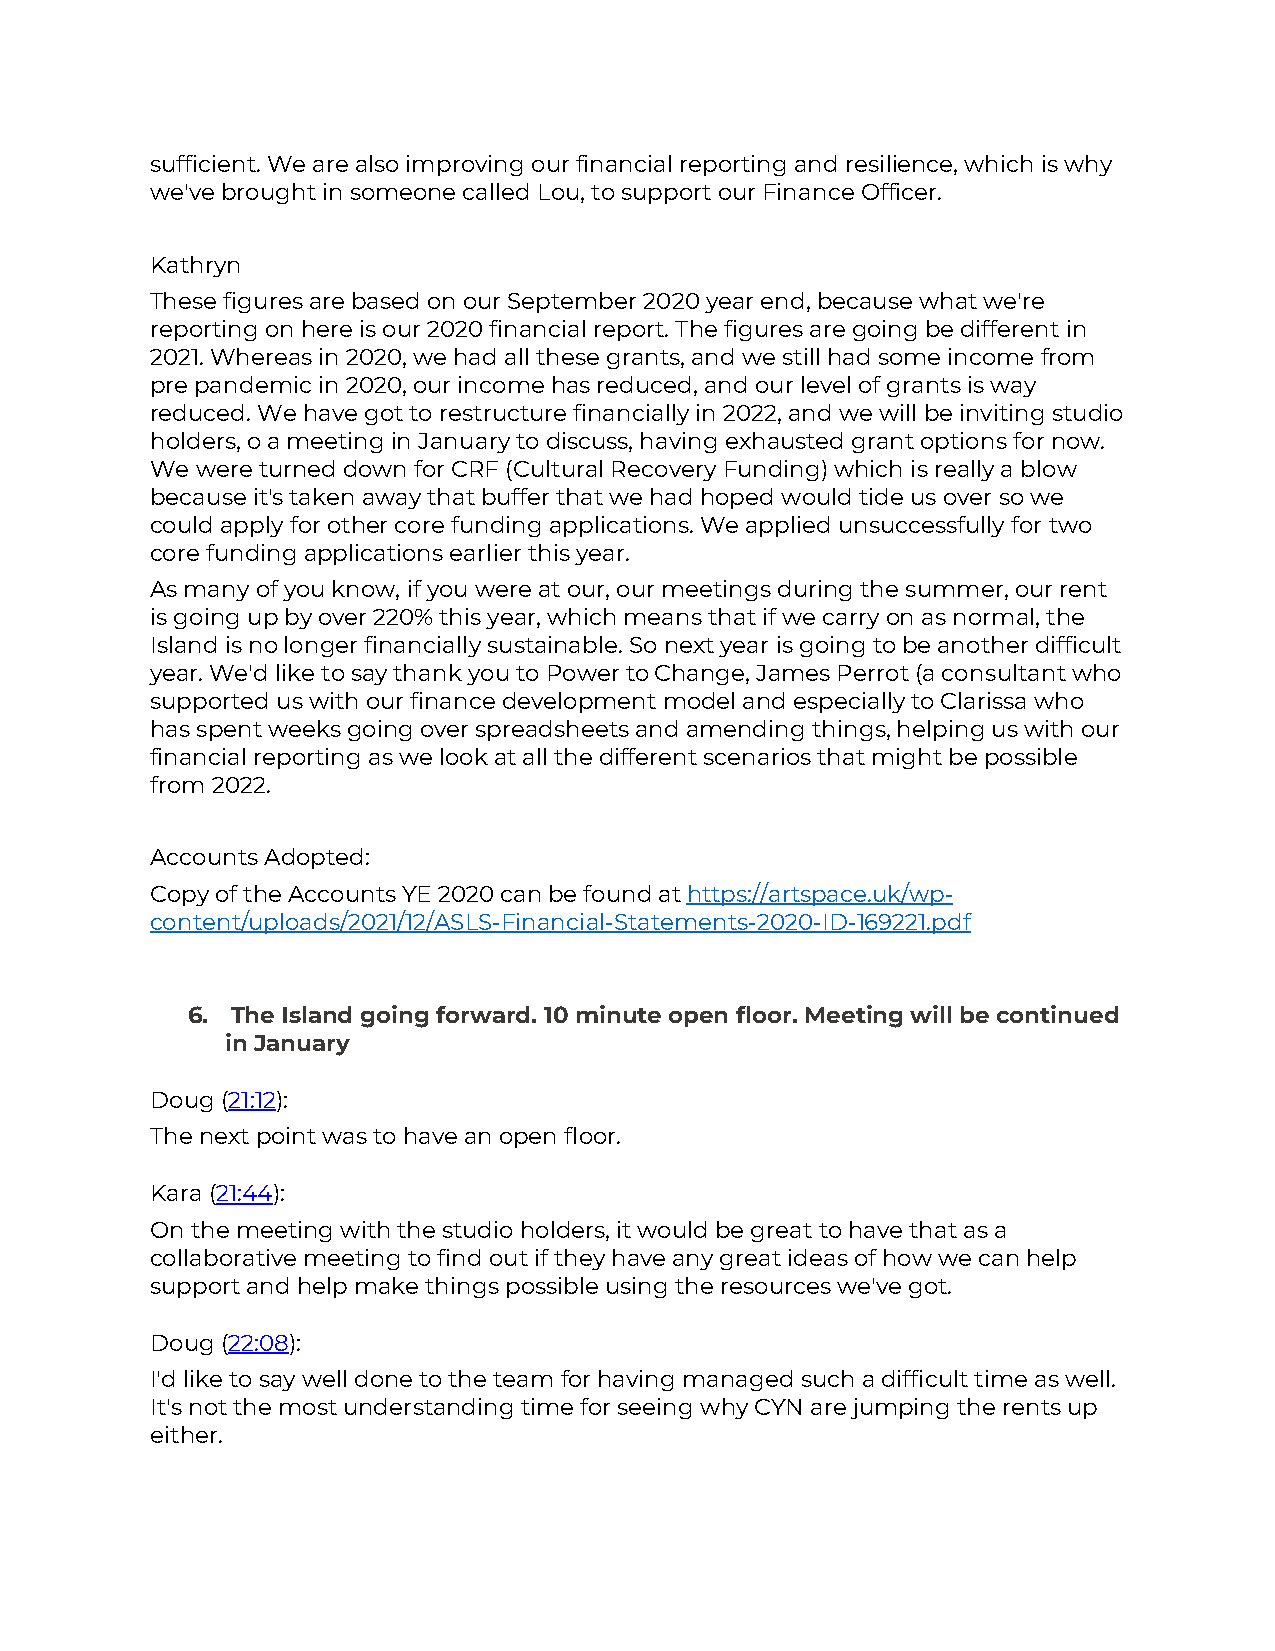
sufficient. We are also improving our financial reporting and resilience, which is why
 we've brought in someone called Lou, to support our Finance Officer.
 Kathryn
 These figures are based on our September 2020 year end, because what we're
 reporting on here is our 2020 financial report. The figures are going be different in
 2021. Whereas in 2020, we had all these grants, and we still had some income from
 pre pandemic in 2020, our income has reduced, and our level of grants is way
 reduced. We have got to restructure financially in 2022, and we will be inviting studio
 holders, o a meeting in January to discuss, having exhausted grant options for now.
 We were turned down for CRF (Cultural Recovery Funding) which is really a blow
 because it's taken away that buffer that we had hoped would tide us over so we
 could apply for other core funding applications. We applied unsuccessfully for two
 core funding applications earlier this year.
 As many of you know, if you were at our, our meetings during the summer, our rent
 is going up by over 220% this year, which means that if we carry on as normal, the
 Island is no longer financially sustainable. So next year is going to be another difficult
 year. We'd like to say thank you to Power to Change, James Perrot (a consultant who
 supported us with our finance development model and especially to Clarissa who
 has spent weeks going over spreadsheets and amending things, helping us with our
 financial reporting as we look at all the different scenarios that might be possible
 from 2022.
 Accounts Adopted:
 Copy of the Accounts YE 2020 can be found at https://artspace.uk/wp-
 content/uploads/2021/12/ASLS-Financial-Statements-2020-ID-169221.pdf
 6. The Island going forward. 10 minute open floor. Meeting will be continued
 in January
 Doug (21:12):
 The next point was to have an open floor.
 Kara (21:44):
 On the meeting with the studio holders, it would be great to have that as a
 collaborative meeting to find out if they have any great ideas of how we can help
 support and help make things possible using the resources we've got.
 Doug (22:08):
 I'd like to say well done to the team for having managed such a difficult time as well.
 It's not the most understanding time for seeing why CYN are jumping the rents up
 either.